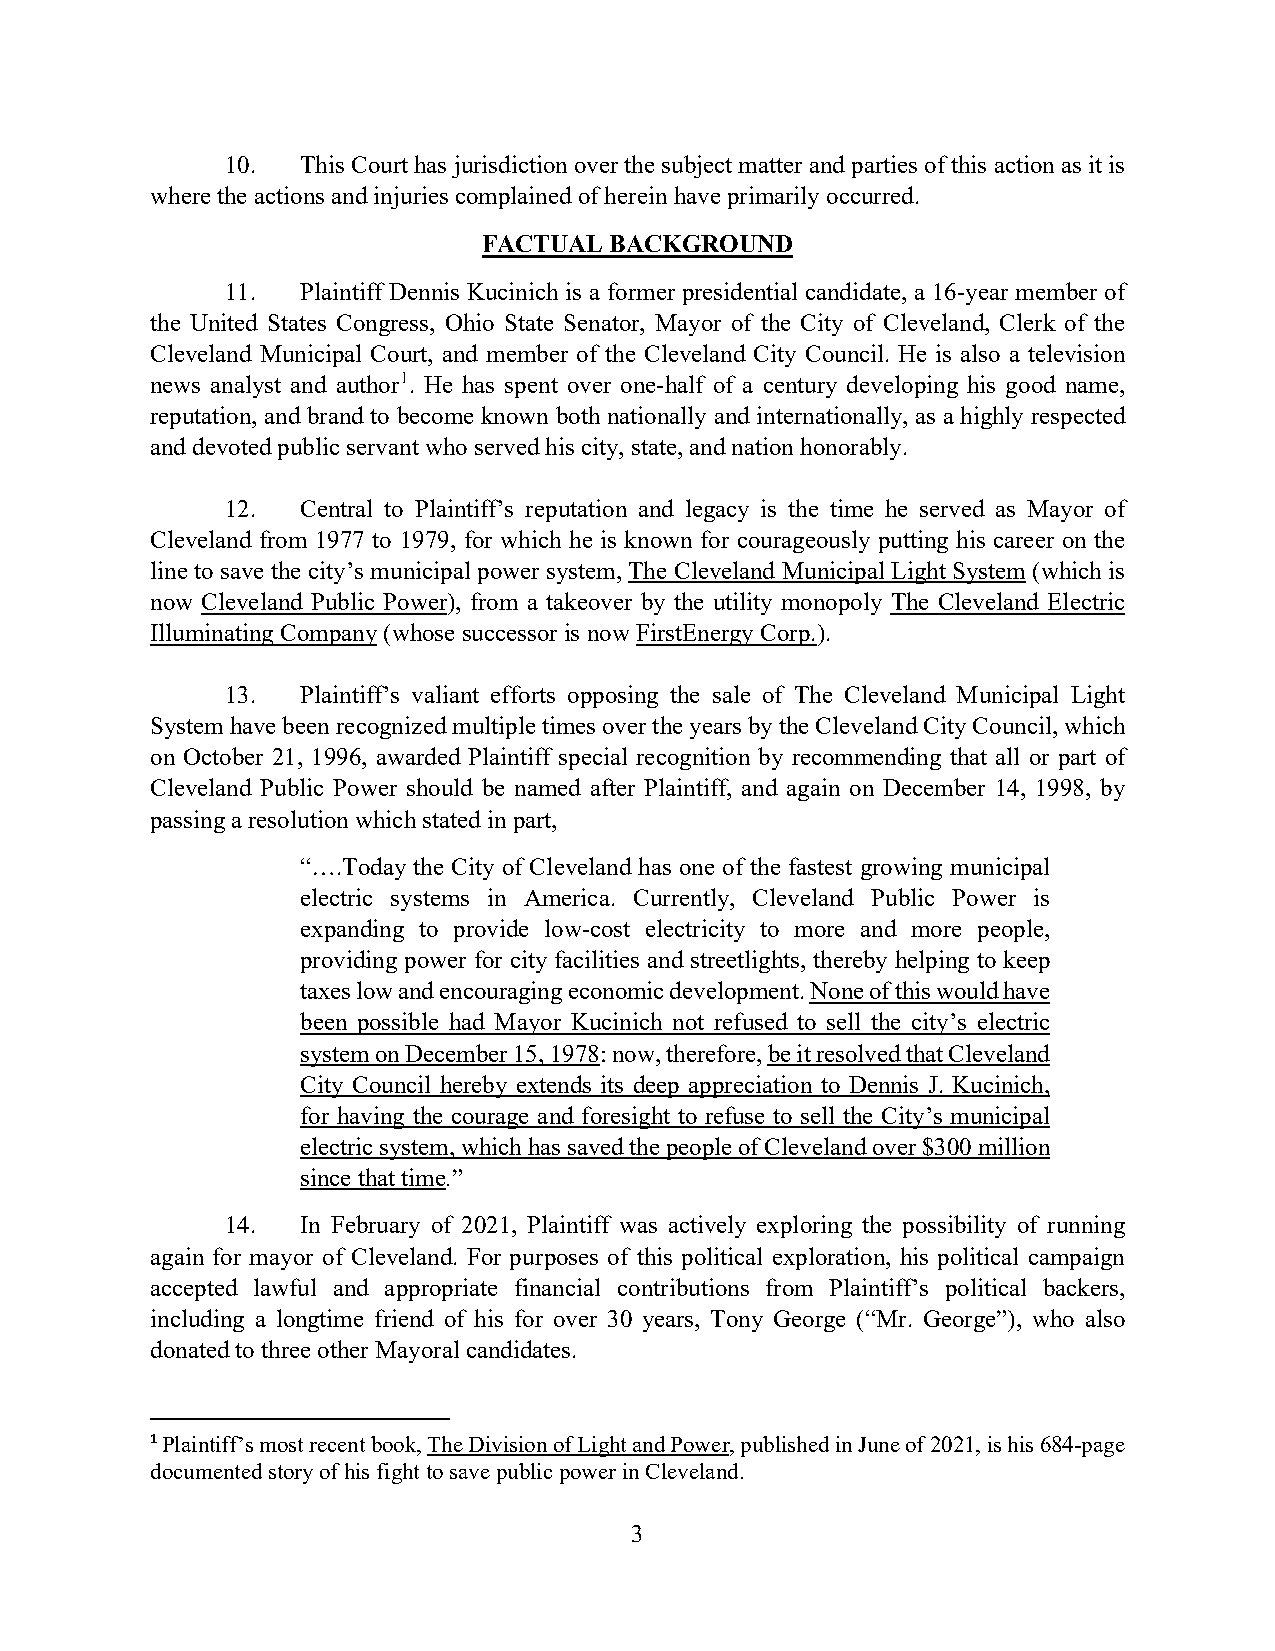
10.  This Court has jurisdiction over the subject matter and parties of this action as it is
 where the actions and injuries complained of herein have primarily occurred.
 FACTUAL BACKGROUND
 11.  Plaintiff Dennis Kucinich is a former presidential candidate, a 16-year member of
 the United States Congress, Ohio State Senator, Mayor of the City of Cleveland, Clerk of the
 Cleveland Municipal Court, and member of the Cleveland City Council. He is also a television
 news analyst and author1. He has spent over one-half of a century developing his good name,
 reputation, and brand to become known both nationally and internationally, as a highly respected
 and devoted public servant who served his city, state, and nation honorably.
 12.  Central to Plaintiff’s reputation and legacy is the time he served as Mayor of
 Cleveland from 1977 to 1979, for which he is known for courageously putting his career on the
 line to save the city’s municipal power system, The Cleveland Municipal Light System (which is
 now Cleveland Public Power), from a takeover by the utility monopoly The Cleveland Electric
 Illuminating Company (whose successor is now FirstEnergy Corp.).
 13.  Plaintiff’s valiant efforts opposing the sale of The Cleveland Municipal Light
 System have been recognized multiple times over the years by the Cleveland City Council, which
 on October 21, 1996, awarded Plaintiff special recognition by recommending that all or part of
 Cleveland Public Power should be named after Plaintiff, and again on December 14, 1998, by
 passing a resolution which stated in part,
 “….Today the City of Cleveland has one of the fastest growing municipal
 electric systems in America. Currently, Cleveland Public Power is
 expanding to provide low-cost electricity to more and more people,
 providing power for city facilities and streetlights, thereby helping to keep
 taxes low and encouraging economic development. None of this would have
 been possible had Mayor Kucinich not refused to sell the city’s electric
 system on December 15, 1978: now, therefore, be it resolved that Cleveland
 City Council hereby extends its deep appreciation to Dennis J. Kucinich,
 for having the courage and foresight to refuse to sell the City’s municipal
 electric system, which has saved the people of Cleveland over $300 million
 since that time.”
 14.  In February of 2021, Plaintiff was actively exploring the possibility of running
 again for mayor of Cleveland. For purposes of this political exploration, his political campaign
 accepted lawful and appropriate financial contributions from Plaintiff’s political backers,
 including a longtime friend of his for over 30 years, Tony George (“Mr. George”), who also
 donated to three other Mayoral candidates.
 1 Plaintiff’s most recent book, The Division of Light and Power, published in June of 2021, is his 684-page
 documented story of his fight to save public power in Cleveland.
 3